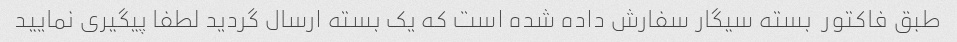
طبق فاکتور  بسته سیگار سفارش داده شده است که یک بسته ارسال گردید لطفا پیگیری نمایید